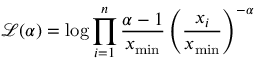
{ \mathcal { L } } ( \alpha ) = \log \prod _ { i = 1 } ^ { n } { \frac { \alpha - 1 } { x _ { \operatorname* { m i n } } } } \left( { \frac { x _ { i } } { x _ { \operatorname* { m i n } } } } \right) ^ { - \alpha }